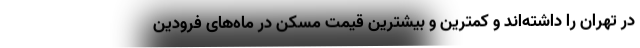
در تهران را داشته‌اند و کمترین و بیشترین قیمت مسکن در ماه‌های فرودین